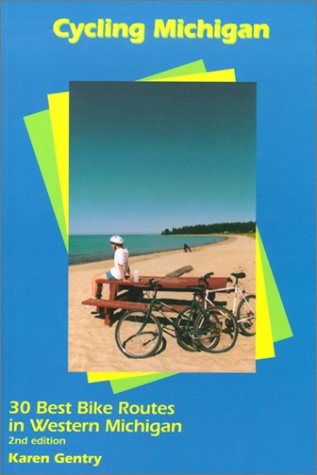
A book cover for Cycling Michigan: The 30 Best Road Routes in Western Michigan (Cycling Tours); Karen Gentry; Travel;